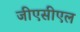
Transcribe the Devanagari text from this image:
जीएसीएल